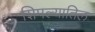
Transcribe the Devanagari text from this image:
शिमल्यातिल